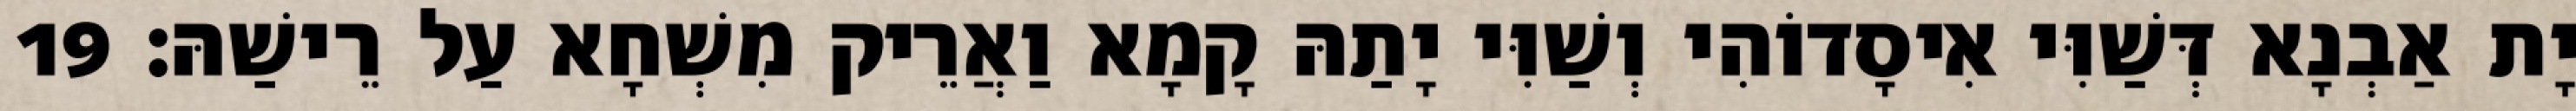
יָת אַבְנָא דְּשַׁוִּי אִיסָדוֹהִי וְשַׁוִּי יָתַהּ קָמָא וַאֲרֵיק מִשְׁחָא עַל רֵישַׁהּ׃ 19